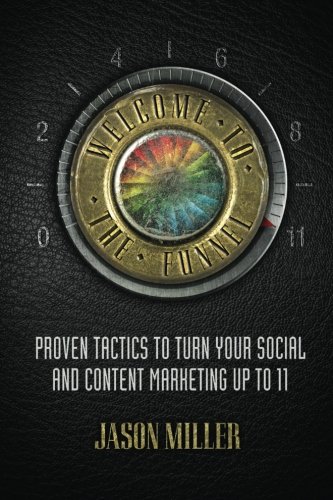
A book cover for Welcome to the Funnel: Proven Tactics to Turn Your Social Media and Content Marketing up to 11; Jason A Miller; Computers & Technology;